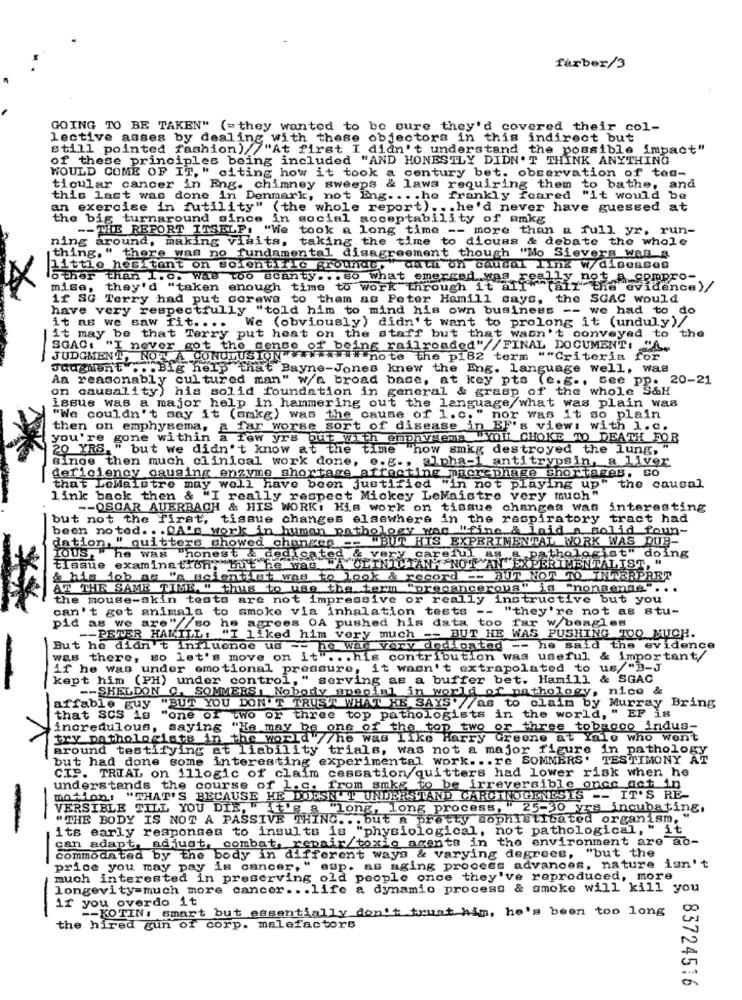
farber/3
GOING TO BE TAKEN" (=they wanted to be sure they'd covered their col-
lective asses by dealing with these objectors in this indirect but
still pointed fashion) /"At first I didn't understand the possible impact"
of these principles being included "AND HONESTLY DIDN'T THINK ANYTHING
WOULD COME OF IT, " citing how it took a century bet. observation of tea-
ticular cancer in Eng. chimney sweeps & laws requiring them to bathe, and
this last was done in Denmark, not Eng ... . he frankly feared "it would be
an exercise in futility" (the whole report) ... he'd never have guessed at
the big turnaround since in social acceptability of amkg
-- THE REPORT ITSELF: "We took a long time -- more than a full yr, run-
ning around, making visits, taking the time to dicuss & debate the whole
thing," there was no fundamental disagreement though "Mo Sievers Was a
little hesitant on solonthe grounde, "datu on causal Link w/ diseases
other than I.c. Was too scanty ... so what emerged was really not a compro-
mise, they'd "taken enough time to work through it all ""[air the evidence)/
if SG Terry had put corewa to them as Peter Hamill says, the SGAC would
have very respectfully "told him to mind his own business -- we had to do
We (obviously) didn't want to prolong it (unduly)/
it as we saw fit ....
it may be that Terry put heat on the staff but that wasn't conveyed to the
SGAC: "I never got the sense of being railroaded"//FINAL DOCUMENT: "A.
JUDGMENT, NOT A CONCLUSION" ****** note the p182 term ""Criteria for
Judgment .. . Big help that Bayne-Jones knew the Eng. language well, was
Aa reasonably cultured man" w/a broad base, at key pts (e.g ., see pp. 20-21
on causality) his solid foundation in general & grasp of the whole S&H
issue was a major help in hammering out the language/what was plain was
"We couldn't say it (omkg) was the cause of 1.c." nor was it so plain
you're gone with"" a far worse sort of disease in EF's view: with 1.C.
then on emphysema,
a few yrs out with emphysema YOU CHOKE TO DEATH FOR
20 YRS. " but we didn't know at the time "how smkg destroyed the lung,"
since then much clinical work done, e.g ., alpha-1 antitrypsin, a liver
deficiency causing enzyme shortage affecting macrophage Shortages, so
that LeMaistre may well have been justified "in not playing up" the causal
link back then & "I really respect Mickey LeMaistre very much"
-- OSCAR AUERBACH & HIS WORK: His work on tissue changes Was
interesting
but not the first, tissue changes elsewhere in the respiratory tract had
been noted ... Of's work in human pathology was "fine & laid a solid foun-
dation, " quitters showed changes -- "BUT HIS EXPERIMENTAL WORK WAS DUB-
IOUS, he was "honest & dedicated
tissue examination, "but he was A CLINIC AN" NOT AN'
"A,Pathologist" doing
& his job as "a scientist was to look & record -- BUT NOT TO INTERPRET
AT THE SAME TIME " thus to use the term "precancerous" is "nonsense" ...
the mouse-skin tests are not impressive or really instructive but you
can't get animals
to smoke via inhalation tests -- "they're not as stu-
pid as we are" so he agrees OA pushed his data too far w/beagles
-- PETER HAKILL: "I liked him very much -- BUT HE WAS PUSHING TOO MUCH.
But he didn't influenoe us -- he was very dedicated -- he said the evidence
was there, so let's move on it" ... his contribution was useful & important/
if he was under emotional pressure, it wasn't extrapolated to us/"B-J
kept him (PH) under control, " serving as a buffer bet. Hamill & SGAC
-- SHELDON O, SOMMERS, Nobody special in world of pathology, nice &
affable guy "BUT YOU DON'T TRUST WHAT HE SAYS' /as to claim by Murray Bring
that SCS is "one of two or three top pathologists in the world, " EF is
incredulous, saying "He may be one of the top two or three tobacco indus-
try pathologists in the world"//he was like Harry
Try Greene at iale who went
around testifying at liability trials, was not a major figure in pathology
but had done some interesting experimental work. .. re SOMMERS. TESTIMONY AT
CIP. TRIAL on illogic of claim cessation quitters had lower risk when he
understands the course of l.c. from smkg to be irreversible once get in
motion: "THAT'S BECAUSE HE DOESN'T UNDERSTAND CARCINOGENESIS -- IT'S RE-
VERSIBLE TILL YOU DIE, I
fue a "long, long process, " 25-30 yrs incubating.
"THE BODY IS NOT A PASSIVE THING ... but a pretty sophisticated organism, "
its early responses to insults is "physiological, not pathological, " it
can adapt, adjust, combat, repair/toxic agents in the environment are ac-
commodated by the body in different ways & varying degrees, "but the
price you may pay is cancer," asp. as aging process advances, nature isn't
much interested in preserving old people once they've reproduced, more
longevity=much more cancer .. . life a dynamio process & smoke will kill you
if you overdo it
-
-- KOTIN: smart but essentially don't trust him, he's been too long
the hired gun of corp. malefactors
83724516